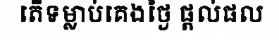
តើទម្លាប់គេងថ្ងៃ ផ្តល់ផល